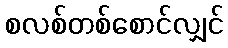
စလစ်တစ်စောင်လျှင်